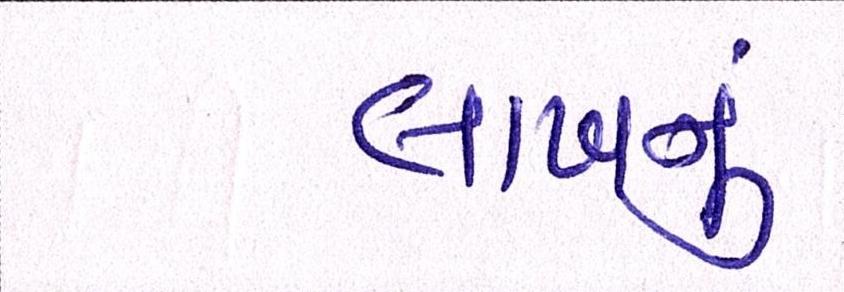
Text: લાખનું